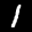
Label: 1